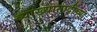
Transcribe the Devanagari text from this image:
व्याख्यानादींच्या